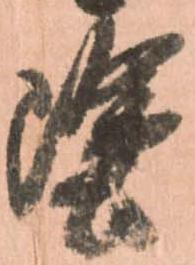
塗